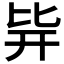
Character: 𣬊